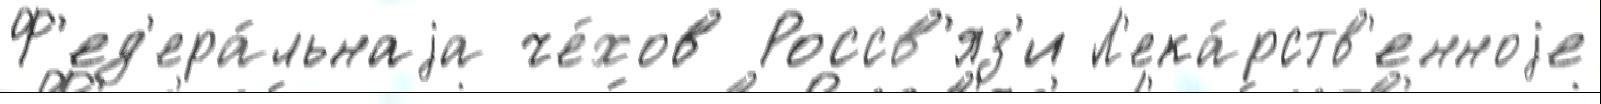
Ф'ед'ера́льнаjа че́хов Россв'яз'и Л'ека́рств'енноjе